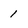
Character: 1